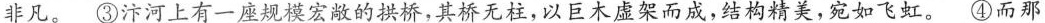
非凡。③汴河上有一座规模宏敞的拱桥，其桥无柱，以巨木虚架而成，结构精美，宛如飞虹。④而那